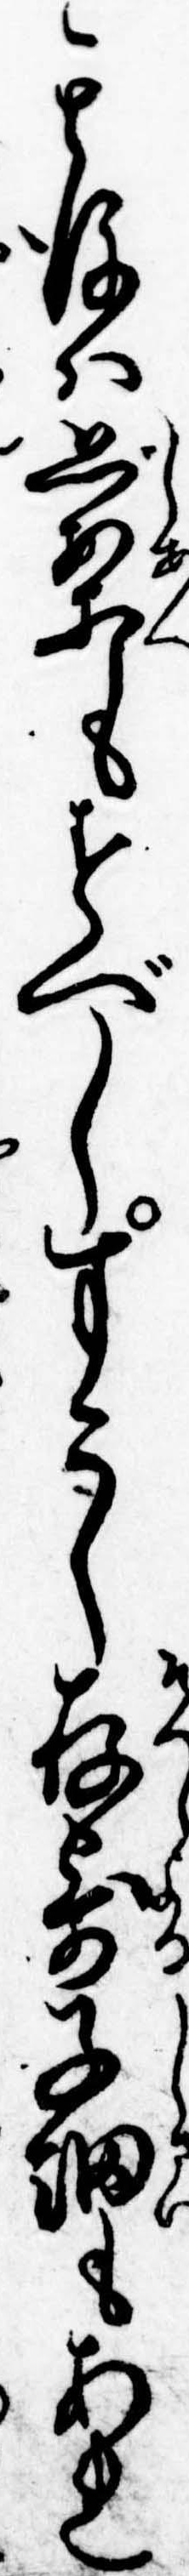
其後は思案もすべしすこし存寄子細もあれ